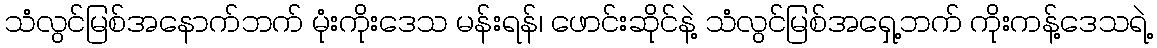
သံလွင်မြစ်အနောက်ဘက် မုံးကိုးဒေသ မန်းရန်၊ ဖောင်းဆိုင်နဲ့ သံလွင်မြစ်အရှေ့ဘက် ကိုးကန့်ဒေသရဲ့